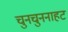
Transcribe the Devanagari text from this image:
चुनचुननाहट